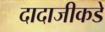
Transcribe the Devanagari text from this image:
दादाजीकडे